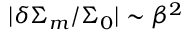
\vert \delta \Sigma _ { m } / \Sigma _ { 0 } \vert \sim \beta ^ { 2 }